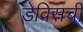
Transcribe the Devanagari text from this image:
डेविसची